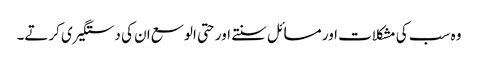
وہ سب کی مشکلات اور مسائل سنتے اور حتی الوسع ان کی دستگیری کرتے۔